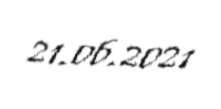
21.06.2021